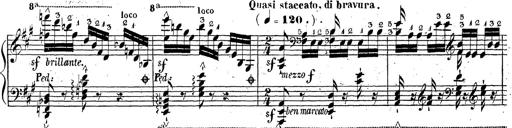
Title: Grande fantaisie sur la tyrolienne de l'opÃ©ra
Composer: Franz Liszt
Key: A major